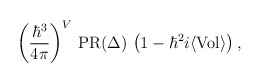
\begin{align*}\left({\hbar^3\over 4\pi}\right)^V\,{\rm PR}(\Delta)\,\left(1-\hbar^2 i\langle{\rm Vol}\rangle\right),\end{align*}